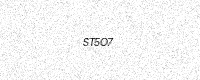
Text: ST5O7